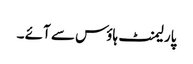
پارلیمنٹ ہاؤس سے آئے ۔